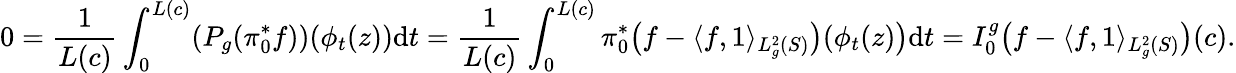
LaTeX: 0=\frac{1}{L(c)}\int_{0}^{L(c)}(P_{g}(\pi_{0}^{*}f))(\phi_{t}(z))\mathrm{d}t=\frac{1}{L(c)}\int_{0}^{L(c)}\pi_{0}^{*}\big(f-\langle f,1\rangle_{L_{g}^{2}(S)}\big)(\phi_{t}(z)\big)\mathrm{d}t=I_{0}^{g}\big(f-\langle f,1\rangle_{L_{g}^{2}(S)}\big)(c).